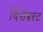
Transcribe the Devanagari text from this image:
दिसंबरट